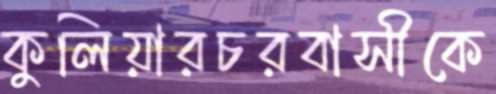
কুলিয়ারচরবাসীকে